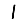
Digit: 1